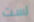
لست